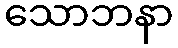
သောဘနာ